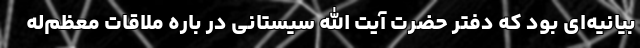
بیانیه‌ای بود که دفتر حضرت آیت الله سیستانی در باره ملاقات معظم‌له